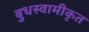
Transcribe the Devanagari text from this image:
बुधस्वामीकृत